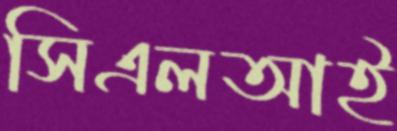
সিএলআই